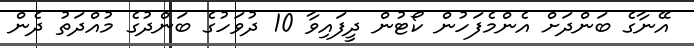
އޭނާގެ ބަންދަށް އެންމެފަހުން ކޯޓުން ދީފައިވާ 10 ދުވަހުގެ ބަންދުގެ މުއްދަތު ދެން